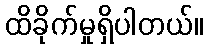
ထိခိုက်မှုရှိပါတယ်။